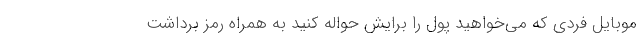
موبایل فردی که می‌خواهید پول را برایش حواله کنید به همراه رمز برداشت